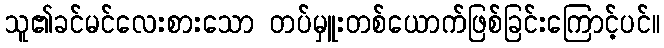
သူ၏ခင်မင်လေးစားသော တပ်မှူးတစ်ယောက်ဖြစ်ခြင်းကြောင့်ပင်။